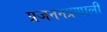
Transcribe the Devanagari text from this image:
प्रजननप्रणाली